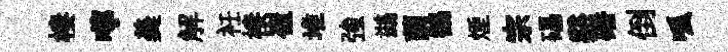
棲嚀羮解衽棲崔堆強鷀蘭鶴煙宗礧谿磻倒呱